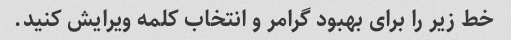
خط زیر را برای بهبود گرامر و انتخاب کلمه ویرایش کنید.